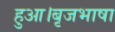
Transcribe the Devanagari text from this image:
हुआ।बृजभाषा